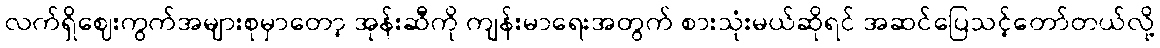
လက်ရှိဈေးကွက်အများစုမှာတော့ အုန်းဆီကို ကျန်းမာရေးအတွက် စားသုံးမယ်ဆိုရင် အဆင်ပြေသင့်တော်တယ်လို့